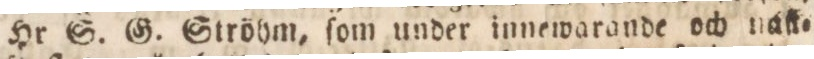
Hr S. G. Ströhm, ſom under innewarande och naſk=